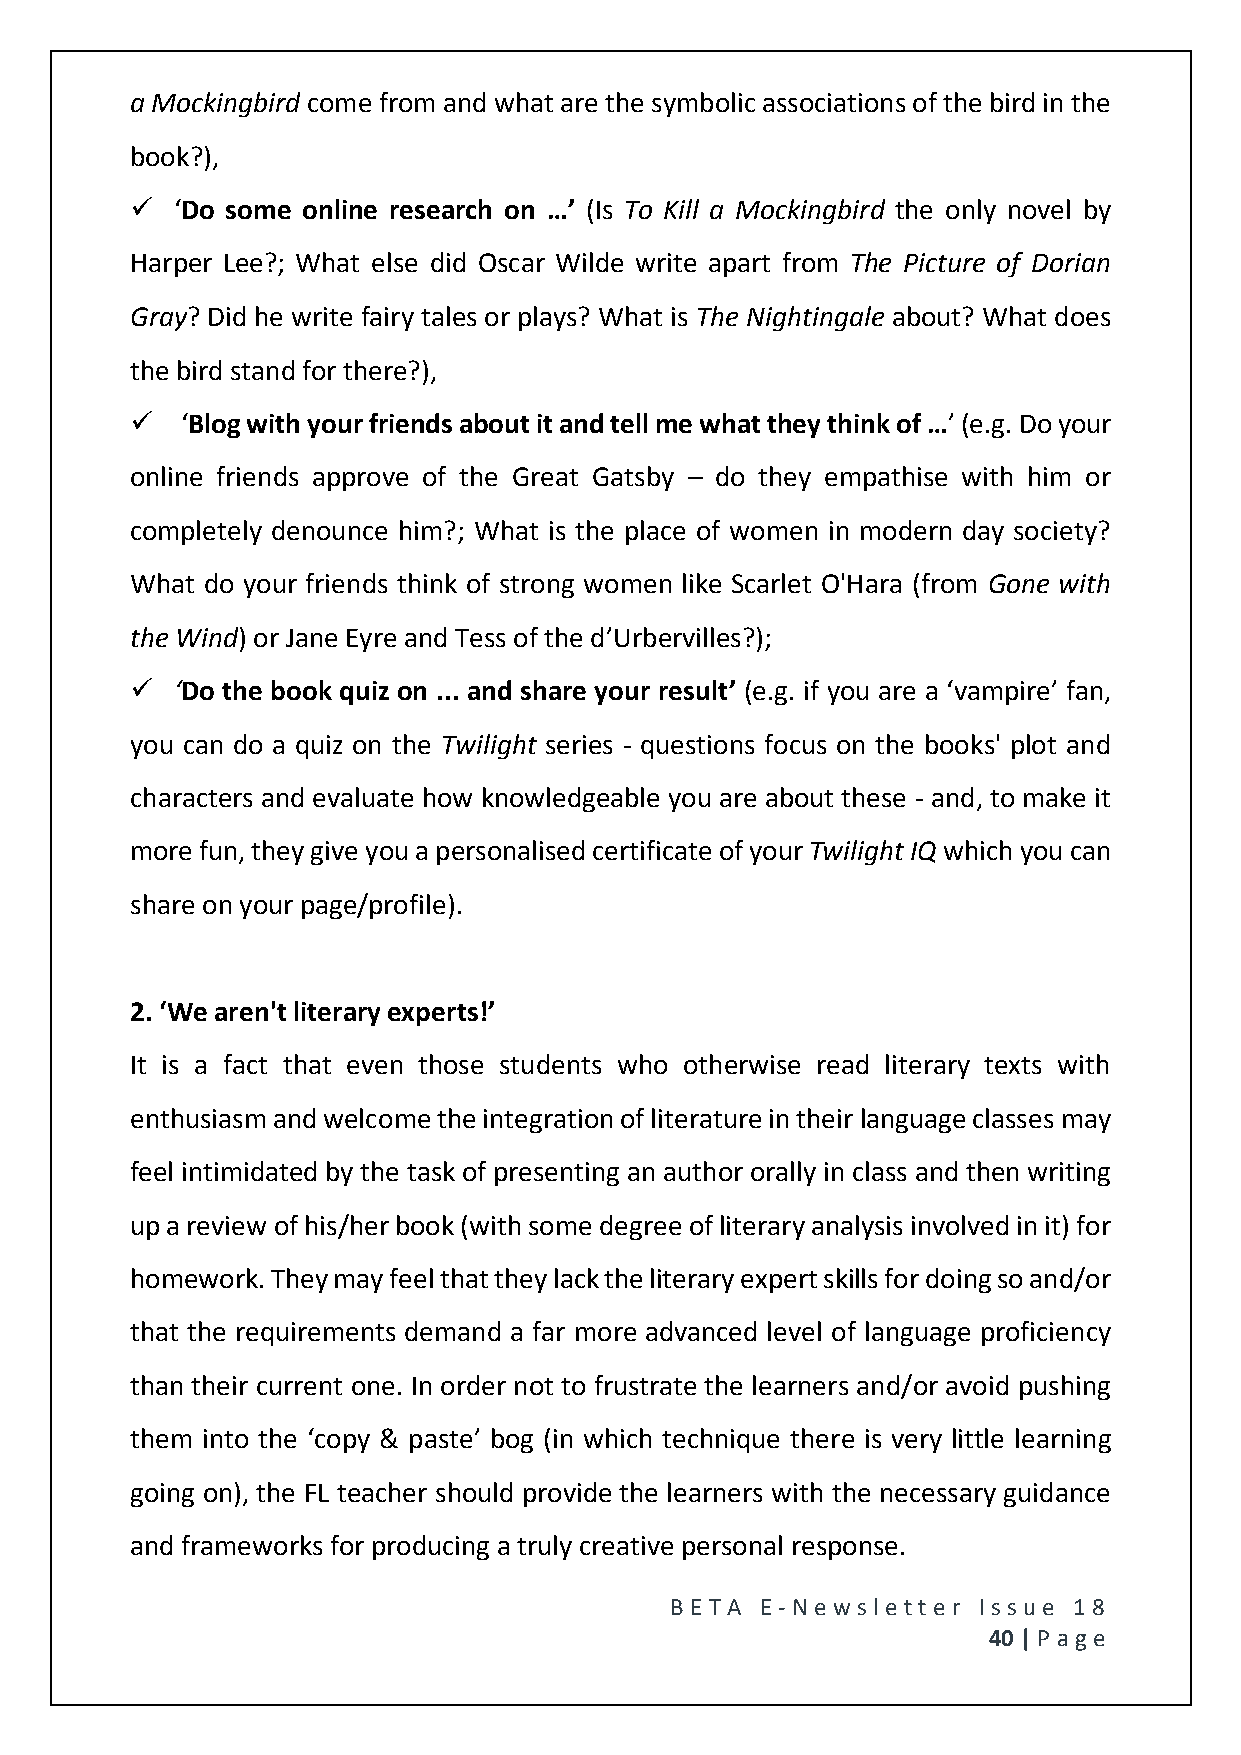
a Mockingbird come from and what are the symbolic associations of the bird in the
 book?),
   ‘Do some online research on …’ (Is To Kill a Mockingbird the only novel by
 Harper Lee?; What else did Oscar Wilde write apart from The Picture of Dorian
 Gray? Did he write fairy tales or plays? What is The Nightingale about? What does
 the bird stand for there?),
   ‘Blog with your friends about it and tell me what they think of …’ (e.g. Do your
 online friends approve of the Great Gatsby – do they empathise with him or
 completely denounce him?; What is the place of women in modern day society?
 What do your friends think of strong women like Scarlet O'Hara (from Gone with
 the Wind) or Jane Eyre and Tess of the d’Urbervilles?);
   ‘Do the book quiz on ... and share your result’ (e.g. if you are a ‘vampire’ fan,
 you can do a quiz on the Twilight series - questions focus on the books' plot and
 characters and evaluate how knowledgeable you are about these - and, to make it
 more fun, they give you a personalised certificate of your Twilight IQ which you can
 share on your page/profile).
 2. ‘We aren't literary experts!’
 It is a fact that even those students who otherwise read literary texts with
 enthusiasm and welcome the integration of literature in their language classes may
 feel intimidated by the task of presenting an author orally in class and then writing
 up a review of his/her book (with some degree of literary analysis involved in it) for
 homework. They may feel that they lack the literary expert skills for doing so and/or
 that the requirements demand a far more advanced level of language proficiency
 than their current one. In order not to frustrate the learners and/or avoid pushing
 them into the ‘copy & paste’ bog (in which technique there is very little learning
 going on), the FL teacher should provide the learners with the necessary guidance
 and frameworks for producing a truly creative personal response.
 BE T A E -N e wsle tt e r Issue 18
 40 | P age